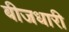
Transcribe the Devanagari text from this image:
बीजधारी